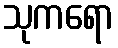
သုကရော